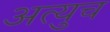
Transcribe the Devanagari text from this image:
अत्युच